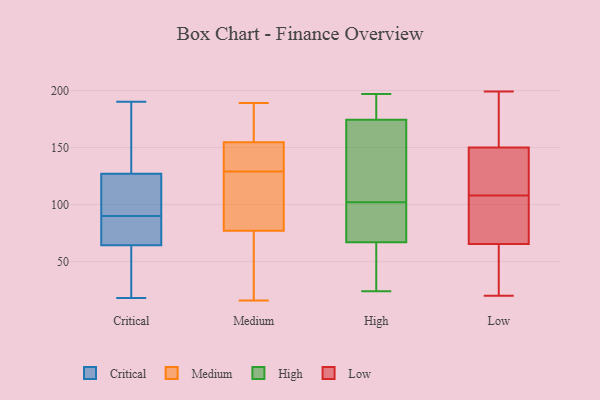
{"axis": {"x": "Page Views", "y": "Value"}, "legend": ["Critical", "High", "Low", "Medium"], "data": [{"x": "", "y": 48, "type": "Critical"}, {"x": "", "y": 130, "type": "Critical"}, {"x": "", "y": 176, "type": "Critical"}, {"x": "", "y": 118, "type": "Critical"}, {"x": "", "y": 18, "type": "Critical"}, {"x": "", "y": 104, "type": "Critical"}, {"x": "", "y": 68, "type": "Critical"}, {"x": "", "y": 77, "type": "Critical"}, {"x": "", "y": 139, "type": "Critical"}, {"x": "", "y": 101, "type": "Critical"}, {"x": "", "y": 99, "type": "Critical"}, {"x": "", "y": 90, "type": "Critical"}, {"x": "", "y": 190, "type": "Critical"}, {"x": "", "y": 87, "type": "Critical"}, {"x": "", "y": 53, "type": "Critical"}, {"x": "", "y": 63, "type": "Critical"}, {"x": "", "y": 190, "type": "Critical"}, {"x": "", "y": 81, "type": "Critical"}, {"x": "", "y": 28, "type": "Critical"}, {"x": "", "y": 156, "type": "Medium"}, {"x": "", "y": 37, "type": "Medium"}, {"x": "", "y": 150, "type": "Medium"}, {"x": "", "y": 160, "type": "Medium"}, {"x": "", "y": 182, "type": "Medium"}, {"x": "", "y": 16, "type": "Medium"}, {"x": "", "y": 16, "type": "Medium"}, {"x": "", "y": 146, "type": "Medium"}, {"x": "", "y": 183, "type": "Medium"}, {"x": "", "y": 145, "type": "Medium"}, {"x": "", "y": 129, "type": "Medium"}, {"x": "", "y": 76, "type": "Medium"}, {"x": "", "y": 112, "type": "Medium"}, {"x": "", "y": 109, "type": "Medium"}, {"x": "", "y": 136, "type": "Medium"}, {"x": "", "y": 90, "type": "Medium"}, {"x": "", "y": 62, "type": "Medium"}, {"x": "", "y": 189, "type": "Medium"}, {"x": "", "y": 80, "type": "Medium"}, {"x": "", "y": 136, "type": "High"}, {"x": "", "y": 24, "type": "High"}, {"x": "", "y": 92, "type": "High"}, {"x": "", "y": 25, "type": "High"}, {"x": "", "y": 43, "type": "High"}, {"x": "", "y": 181, "type": "High"}, {"x": "", "y": 75, "type": "High"}, {"x": "", "y": 102, "type": "High"}, {"x": "", "y": 181, "type": "High"}, {"x": "", "y": 172, "type": "High"}, {"x": "", "y": 90, "type": "High"}, {"x": "", "y": 168, "type": "High"}, {"x": "", "y": 197, "type": "High"}, {"x": "", "y": 46, "type": "Low"}, {"x": "", "y": 108, "type": "Low"}, {"x": "", "y": 35, "type": "Low"}, {"x": "", "y": 26, "type": "Low"}, {"x": "", "y": 199, "type": "Low"}, {"x": "", "y": 91, "type": "Low"}, {"x": "", "y": 154, "type": "Low"}, {"x": "", "y": 134, "type": "Low"}, {"x": "", "y": 180, "type": "Low"}, {"x": "", "y": 91, "type": "Low"}, {"x": "", "y": 99, "type": "Low"}, {"x": "", "y": 61, "type": "Low"}, {"x": "", "y": 79, "type": "Low"}, {"x": "", "y": 20, "type": "Low"}, {"x": "", "y": 123, "type": "Low"}, {"x": "", "y": 138, "type": "Low"}, {"x": "", "y": 109, "type": "Low"}, {"x": "", "y": 169, "type": "Low"}, {"x": "", "y": 170, "type": "Low"}]}